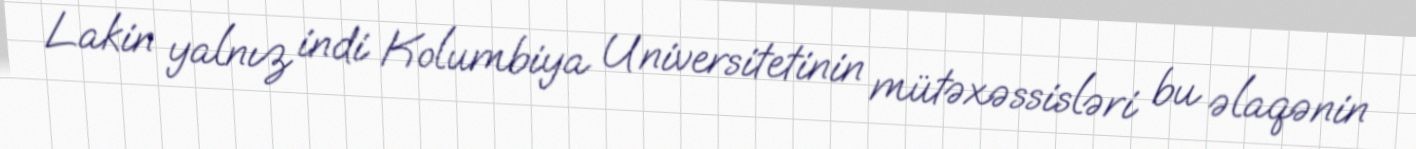
Lakin yalnız indi Kolumbiya Universitetinin mütəxəssisləri bu əlaqənin